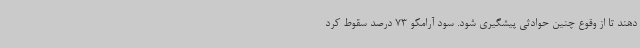
دهند تا از وقوع چنین حوادثی پیشگیری شود. سود آرامکو 73 درصد سقوط کرد